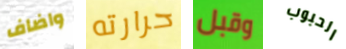
واضاف حرارته وقبل الحبوب